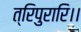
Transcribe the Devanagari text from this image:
त्रिपुरारि।।